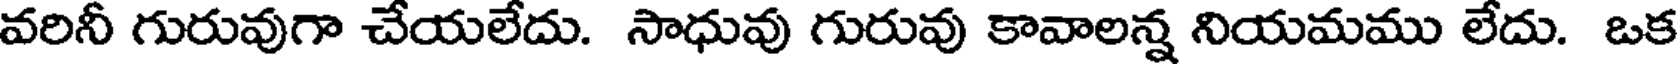
వరినీ గురువుగా చేయలేదు. సాధువు గురువు కావాలన్న నియమము లేదు. ఒక